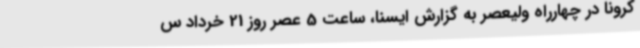
کرونا در چهارراه ولیعصر به گزارش ایسنا، ساعت 5 عصر روز 21 خرداد س